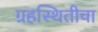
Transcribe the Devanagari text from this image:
ग्रहस्थितीचा